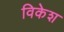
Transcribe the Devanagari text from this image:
विकेश